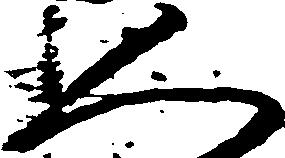
人